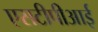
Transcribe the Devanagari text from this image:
एसटीपीआई